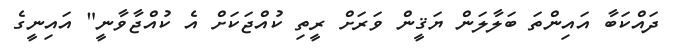
ދައްކަބާ އައިންތަ ބަލާލަން ޔަޤީން ވަރަށް ރީތި ކުއްޖަކަށް އެ ކުއްޖާވާނީ" އައިނީގެ